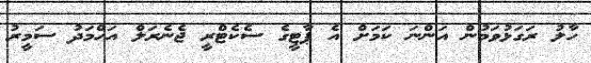
ހާލު ރަަގަޅުވަމުން އަންނަ ކަމަށް އެ ޕާޓީގެ ސެކެޓްރީ ޖެނެރަލް އަހްމަދު ސަމީރު